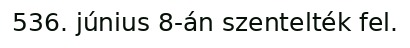
536. június 8-án szentelték fel.